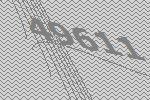
49611